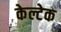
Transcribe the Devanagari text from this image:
केल्टेक